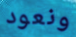
ونعود